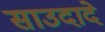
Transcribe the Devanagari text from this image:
साउदादे